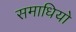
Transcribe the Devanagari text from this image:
समाधियो